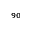
_ { 9 0 }